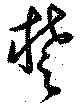
楚